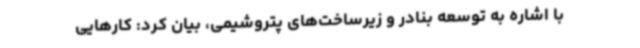
با اشاره به توسعه بنادر و زیرساخت‌های پتروشیمی، بیان کرد: کارهایی